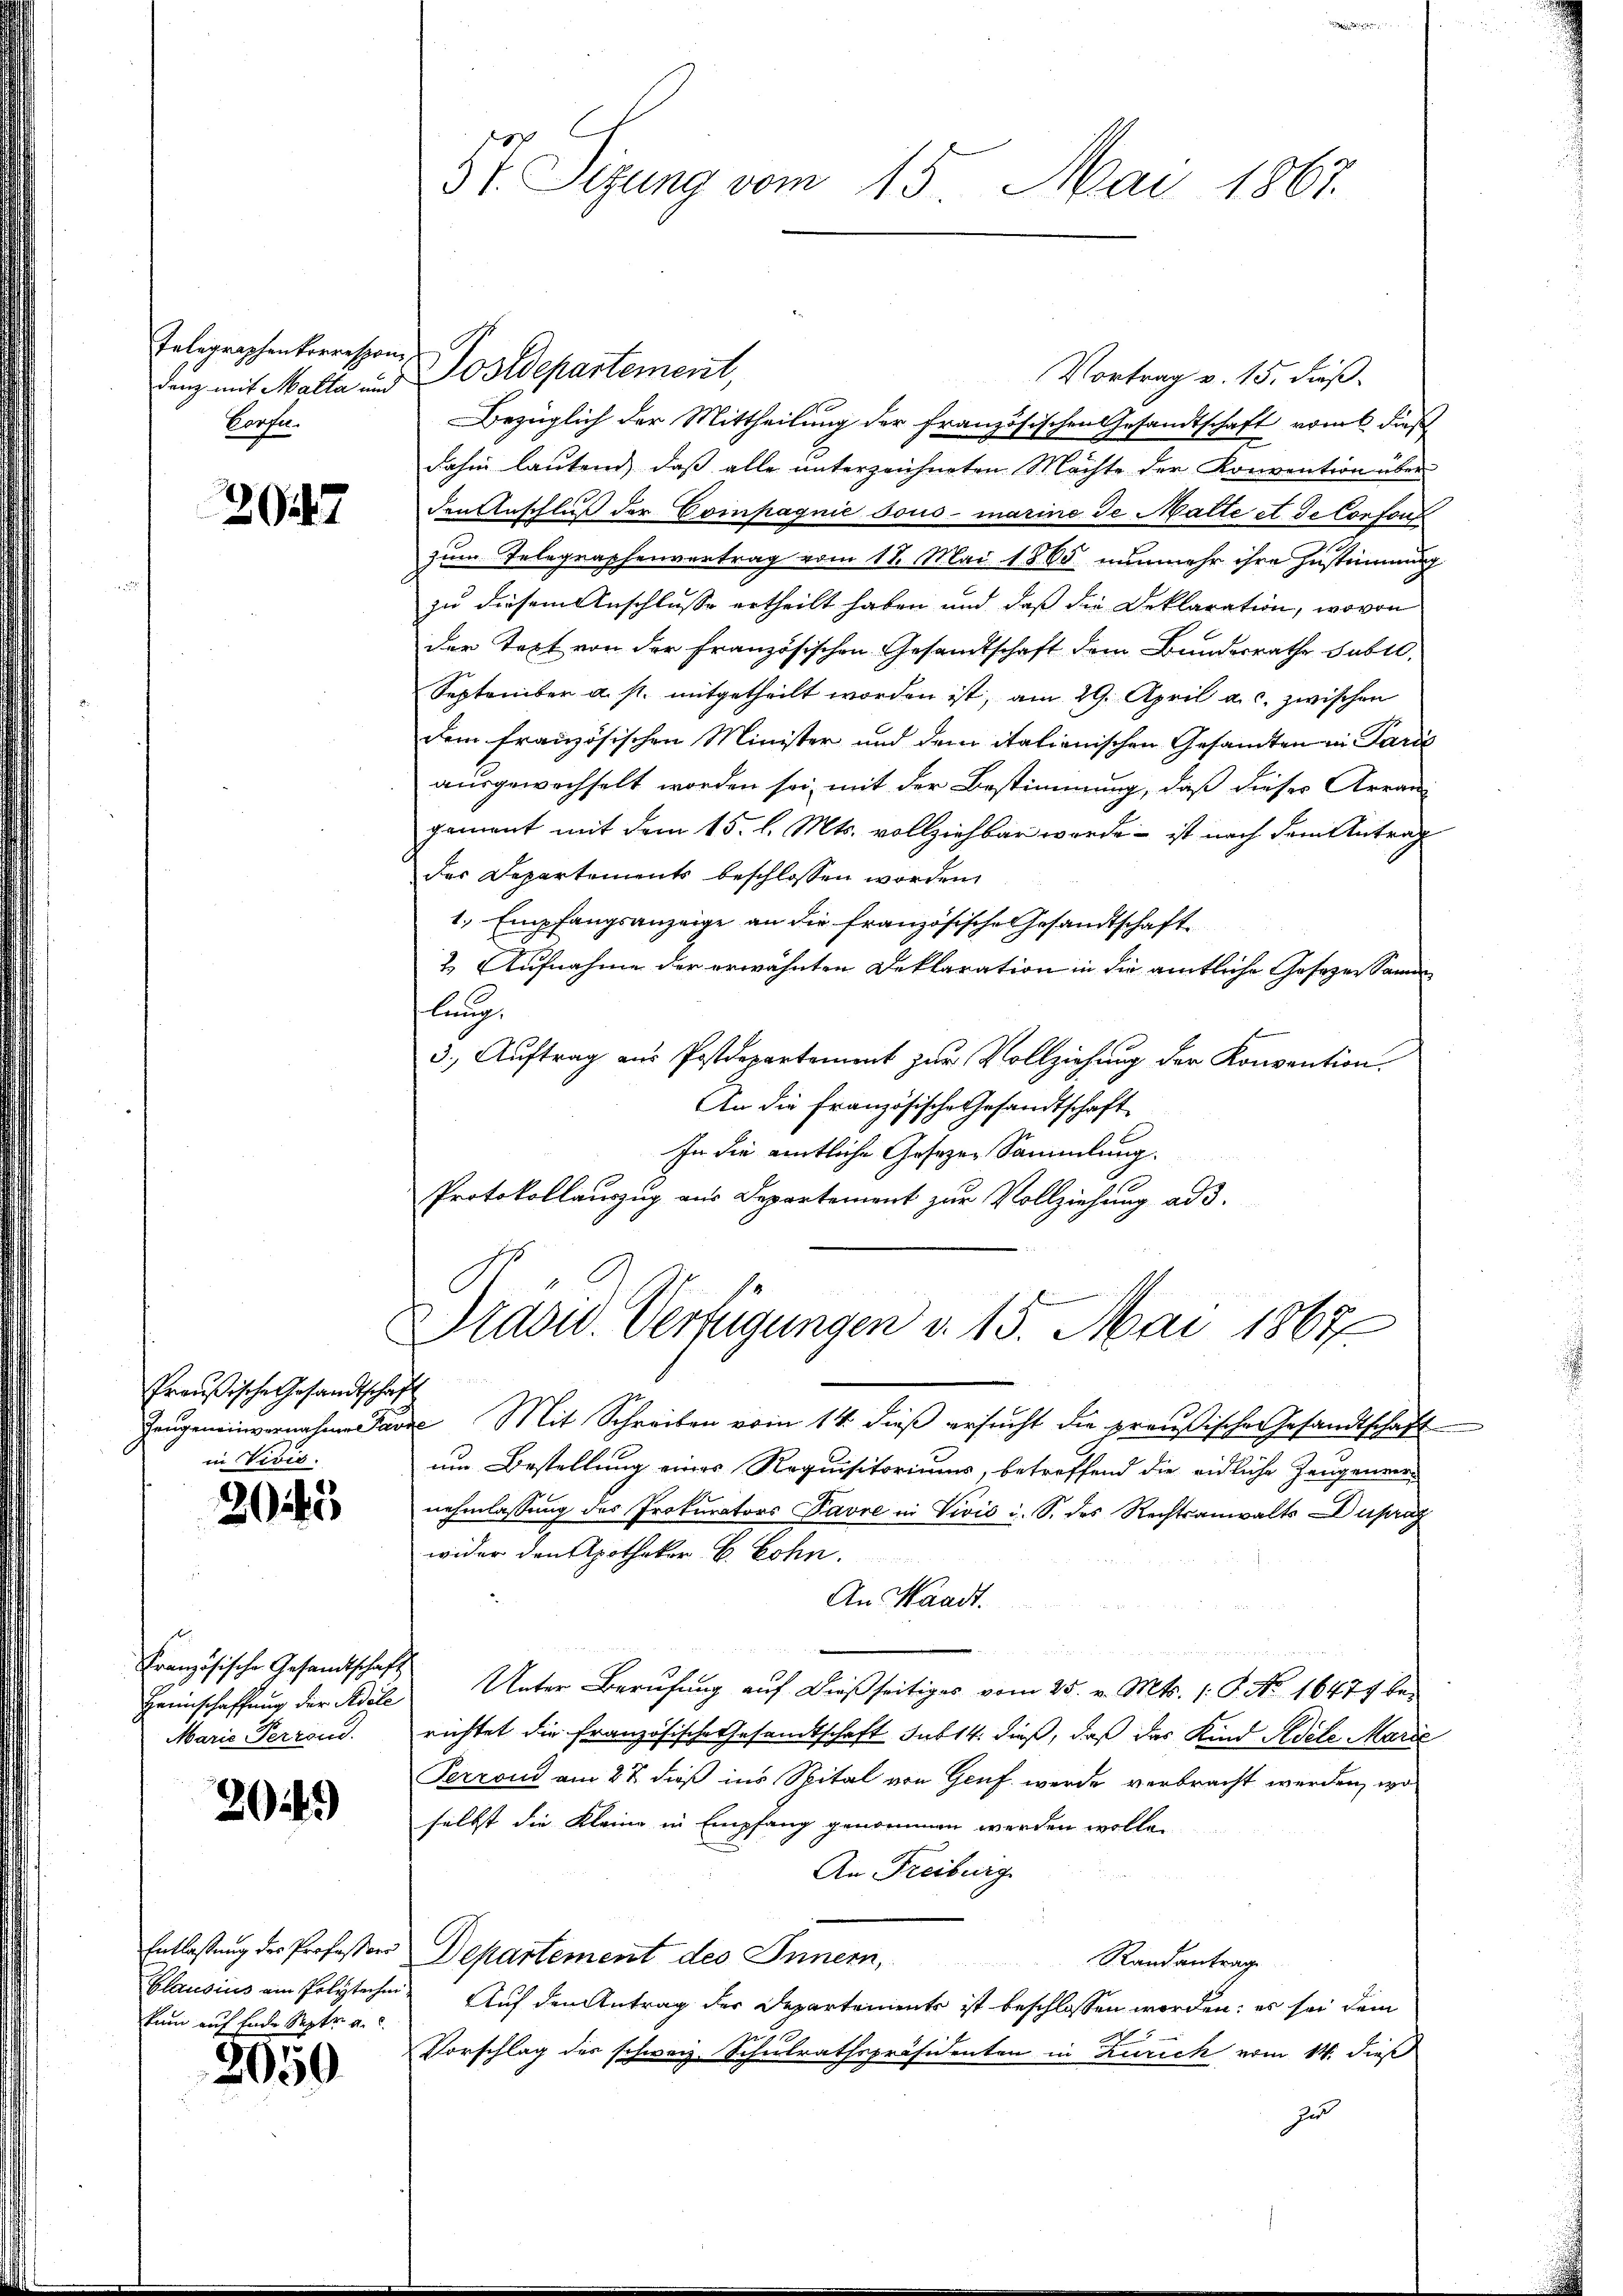
Telegraphenkorrespon
Corfen.

2047

Preußische Gesandtschaft
in Divis.

2045

Französische Gesandtschaft
Marie Perrond.

20.)

Clausius ein Polytechni
kum auf Ende Sept. a.

2050

Vortrag v. 15. dieß.
denz mit Malla und Postdepartement,
Bezüglich der Mittheilung der französischen Gesandtschaft vom 6. dieß
dahin lautend, daß alle unterzeichneten Mächte der Konvention über
den Anschluß der Compagnie sous marine de Malte et de Confon
zum Telegraphenvertrag vom 11. Mai 1865 nunmehr ihre Zustimmung
zu diesem Anschlusse ertheilt haben und daß die Deklaration, wovon
der Text von der französischen Gesandtschaft dem Bundesrathe subro
September a. s. mitgetheilt worden ist, am 29. April a. c. zwischen
dem französischen Minister und dem italienischen Gesamten in Paril
ausgewechselt worden sei, mit der Bestimmung, daß dieses Arran-
gement mit dem 15. l. Mts. vollziehbar werde – ist nach dem Antrag
des Departements beschlossen worden.
1., Empfangsanzeige an die französische Gesandtschaft
2. Aufnahme der erwähnten Deklaration in die amtliche Gesezen Samen
lung.
3., Auftrag aus Postdepartement zur Vollziehung der Konvention.
An die Französische Gesandtschaft
In die amtliche Gesezen Sammlung.
Protokollauszug aus Departement zur Vollziehung ad 3.

St Sitzung vom 15. Mai 1867.

Präsid. Verfügungen v. 15. Mai 1867

Zeŭgeneinvernahmen Parze Mit Schreiben vom 14. dieβ ersucht die preußische Gesandtschaft
um Bestellung eines Requisitoriums, betreffend die eidliche Zeugenen
nehmlassung des Prokurators Pavre in Vivić i. S. des Rechtsanwalts Dupra
wider den Apotheker B. Lohn.
An Waadt.
Heimschaffung der Adele Unter Berufung auf dießseitiges vom 25. v. Mts. 1. P. No 16477 bei
richtet die französische Gesandtschaft sub 14. dieß, daß das Kind Adele Marie
Perrond am 27. dieß ins Spital von Genf werde verbracht werden, wo
selbst die Kleine in Empfang genommen werden wolle.
An Freiburg
Entlastung der Professor Departement des Innern,
Randantrage
Auf den Antrag der Departements ist beschlossen worden; es sei dem
Vorschlag des schweiz. Schulrathspräsidenten in Zürich vom 14. dieß
zu